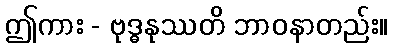
ဤကား - ဗုဒ္ဓနုဿတိ ဘာဝနာတည်း။